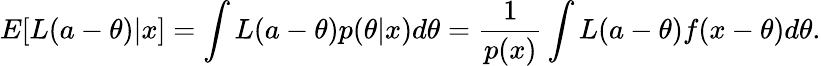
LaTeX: E[L(a-\theta)|x]=\int{L(a-\theta)p(\theta|x)d\theta}={\frac{1}{p(x)}}\int L(a-\theta)f(x-\theta)d\theta.